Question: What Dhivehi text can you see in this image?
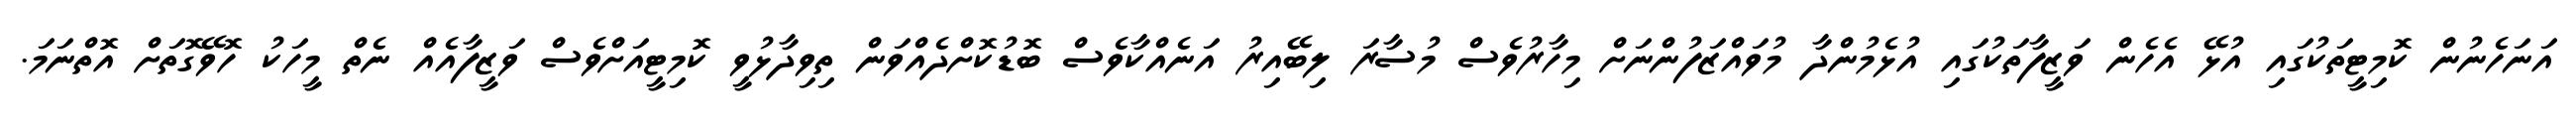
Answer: އަނަހެނުން ކޮމިޓީތަކުގައި އުޅޭ އެހެން ވަޒީފާތަކުގައި އުޅެމުންދާ މުވައްޒަފުންނަށް މިހާރުވެސް މުސާރަ ލިބޭއިރު އަނެއްކާވެސް ބޮޑުކޮށްދެއްވަން ތިވިދާޅުވީ ކޮމިޓީއަށްވެސް ވަޒީފާއެއް ނެތް މީހަކު ހޮވޭގޮތަށް އޮތްނަމަ.